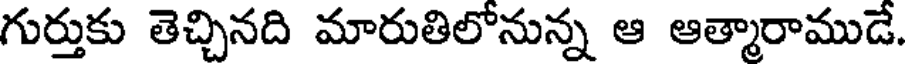
గుర్తుకు తెచ్చినది మారుతిలోనున్న ఆ ఆత్మారాముడే.